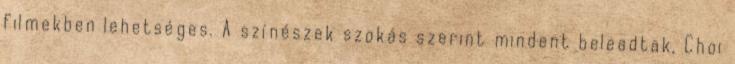
filmekben lehetséges. A színészek szokás szerint mindent beleadtak, Choi